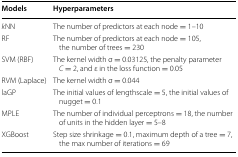
<table><thead><tr><td><b>Models</b></td><td><b>Hyperparameters</b></td></tr></thead><tbody><tr><td><i>k</i>NN</td><td>The number of predictors at each node = 1–10</td></tr><tr><td>RF</td><td>The number of predictors at each node = 105, the number of trees = 230</td></tr><tr><td>SVM (RBF)</td><td>The kernel width σ = 0.03125, the penalty parameter <i>C</i> = 2, and ε in the loss function = 0.05</td></tr><tr><td>RVM (Laplace)</td><td>The kernel width σ = 0.044</td></tr><tr><td>laGP</td><td>The initial values of lengthscale = 5, the initial values of nugget = 0.1</td></tr><tr><td>MPLE</td><td>The number of individual perceptrons = 18, the number of units in the hidden layer = 5–8</td></tr><tr><td>XGBoost</td><td>Step size shrinkage = 0.1, maximum depth of a tree = 7, the max number of iterations = 69</td></tr></tbody></table>